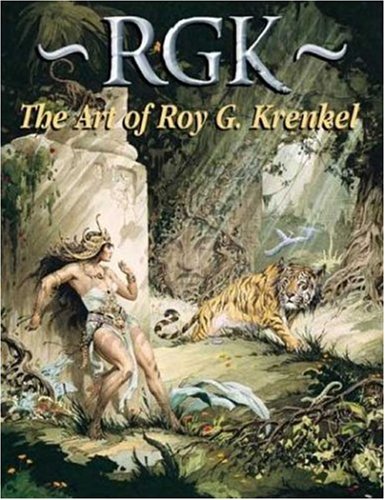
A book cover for RGK The Art of Roy G Krenkel PB; Al WIlliamson; Comics & Graphic Novels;